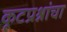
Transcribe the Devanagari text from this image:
कूटप्रश्नांचा